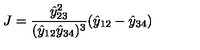
J = \frac { \hat { y } _ { 2 3 } ^ { 2 } } { ( \hat { y } _ { 1 2 } \hat { y } _ { 3 4 } ) ^ { 3 } } ( \hat { y } _ { 1 2 } - \hat { y } _ { 3 4 } )